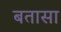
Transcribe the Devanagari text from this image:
बतासा